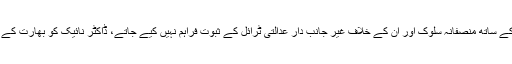
جب تک بھارت میں ان کے ساتھ منصفانہ سلوک اور ان کے خلاف غیر جانب دار عدالتی ٹرائل کے ثبوت فراہم نہیں کیے جاتے، ڈاکٹر نائیک کو بھارت کے حوالے نہیں کیاجائے گا۔